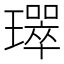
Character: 𤪛